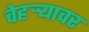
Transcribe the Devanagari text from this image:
चेहऱ्र्‍यावर